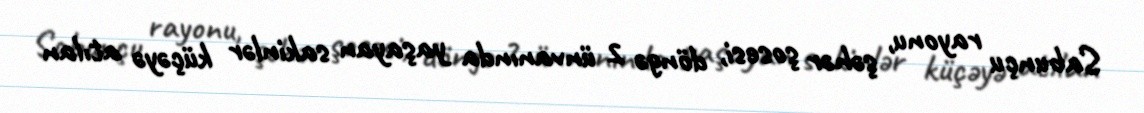
Sabunçu rayonu, şəhər şosesi, döngə 2 ünvanında yaşayan sakinlər küçəyə atılan